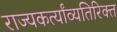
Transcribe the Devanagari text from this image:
राज्यकर्त्यांव्यतिरिक्त